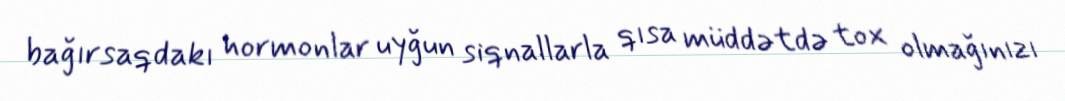
bağırsaqdakı hormonlar uyğun siqnallarla qısa müddətdə tox olmağınızı